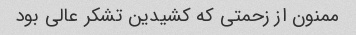
ممنون از زحمتی که کشیدین تشکر عالی بود